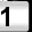
Digit: 1